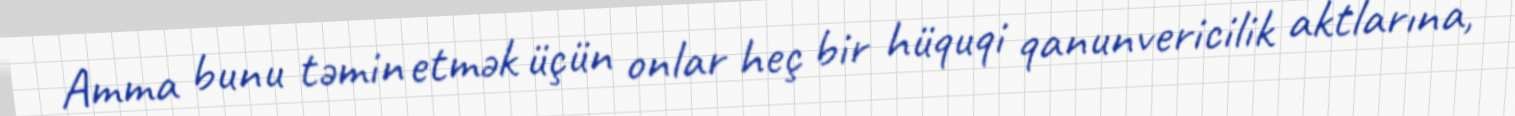
Amma bunu təmin etmək üçün onlar heç bir hüquqi qanunvericilik aktlarına,